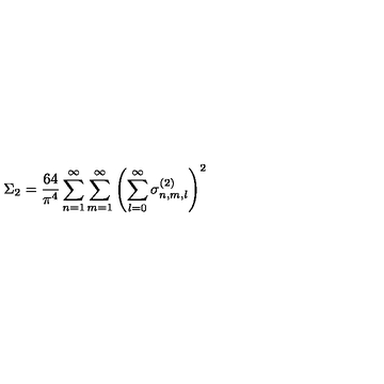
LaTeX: \Sigma _ { 2 } = \frac { 6 4 } { \pi ^ { 4 } } \sum _ { n = 1 } ^ { \infty } \sum _ { m = 1 } ^ { \infty } \left( \sum _ { l = 0 } ^ { \infty } \sigma _ { n , m , l } ^ { ( 2 ) } \right) ^ { 2 }